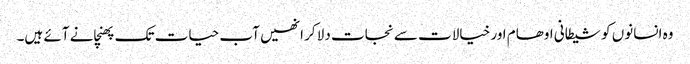
وہ انسانوں کو شیطانی اوھام اور خیالات سے نجات دلا کر انھیں آب حیات تک پھنچانے آئے ہیں۔